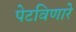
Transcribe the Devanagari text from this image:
पेटविणारे